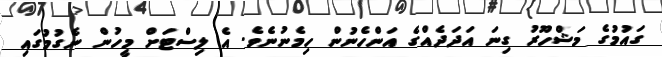
ގައުމުގެ މަޝްހޫރު ގިނަ އަދަދެއްގެ އަންހެނުން ހިމެނުނެވެ. އެ ލިސްޓަށް މީހުން ނެގުމުގައި